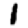
Digit: 1